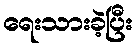
ရေးသားခဲ့ပြီး